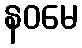
နဝမေ